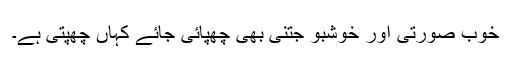
خوب صورتی اور خوشبو جتنی بھی چھپائی جائے کہاں چھپتی ہے۔